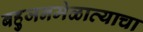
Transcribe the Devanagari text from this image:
बहुजनमेळाव्याचा